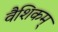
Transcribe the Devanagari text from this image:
वैशिकम्